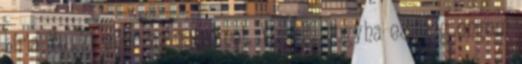
bírja Yuuki ellen az ostromot. Yuukit, hogyha esetleg engem